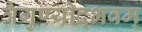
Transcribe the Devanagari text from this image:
त्रैगुण्योद्भवम्